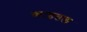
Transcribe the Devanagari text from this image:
काष्ठतल